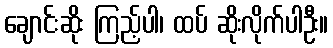
ချောင်းဆိုး ကြည့်ပါ၊ ထပ် ဆိုးလိုက်ပါဦး။